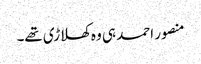
منصور احمد ہی وہ کھلاڑی تھے۔